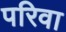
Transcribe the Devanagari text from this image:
परिवा